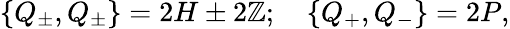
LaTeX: \left\{ Q_{\pm},Q_{\pm}\right\} =2H\pm2\mathbb{Z};\quad\left\{ Q_{+},Q_{-}\right\} =2P,